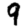
Digit: 9